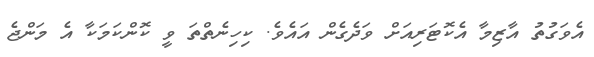
އެވަގުތު އާޒިމާ އެކޮޓަރިއަށް ވަދެގެން އައެވެ. ކިހިނެތްތަ ވީ ކޮންކަމަކާ އެ މަންޖެ